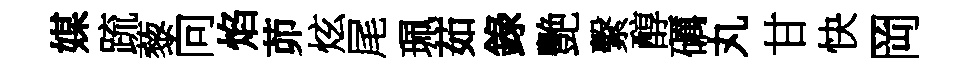
媒䟽藜向焰茆炫尾珮茹錄艷繫醇礪丸甘快岡